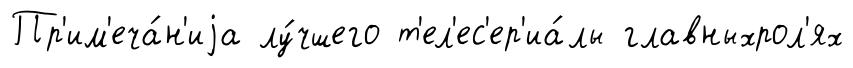
Пр'им'еча́н'иjа лу́чшего т'ел'ес'ер'иа́лы главныхрол'ях